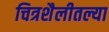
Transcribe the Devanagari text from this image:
चित्रशैलीतल्या